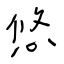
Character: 悠